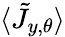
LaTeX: \langle\tilde{J}_{y,\theta}\rangle